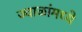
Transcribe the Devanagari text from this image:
ज्वाळांमध्ये